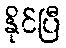
နိုင်ပြီ